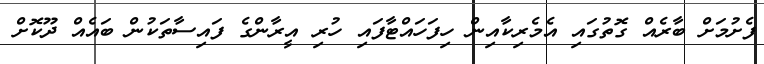
ފެށުމަށް ބާރެއް ގޮތުގައި އެމެރިކާއިން ހިފަހައްޓާފައި ހުރި އީރާންގެ ފައިސާތަކުން ބައެއް ދޫކޮށް